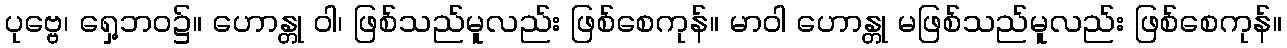
ပုဗ္ဗေ၊ ရှေ့ဘဝ၌။ ဟောန္တု ဝါ၊ ဖြစ်သည်မူလည်း ဖြစ်စေကုန်။ မာဝါ ဟောန္တု မဖြစ်သည်မူလည်း ဖြစ်စေကုန်။